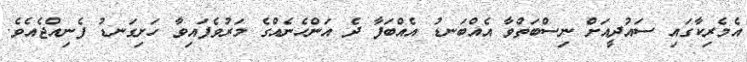
އެމެރިކާގައި ސައުދީއަށް ނިސްބަތްވާ އެއްބަނޑު އެއްބަފާ ދެ އަންހެނެއްގެ މަރުވެފައިވާ ހަށިގަނޑު ފެނިއްޖެއެވެ.